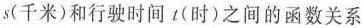
s（千米）和行驶时间t（时）之间的函数关系